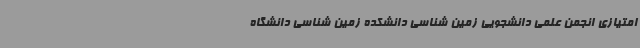
امتیازی انجمن علمی دانشجویی زمین شناسی دانشکده زمین شناسی دانشگاه